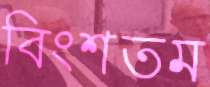
বিংশতম